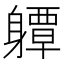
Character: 𨊈